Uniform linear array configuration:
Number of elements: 4
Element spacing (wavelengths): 0.25
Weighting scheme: binomial
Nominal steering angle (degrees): -30
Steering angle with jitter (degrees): -28.189
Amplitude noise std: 0.05
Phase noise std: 0.05

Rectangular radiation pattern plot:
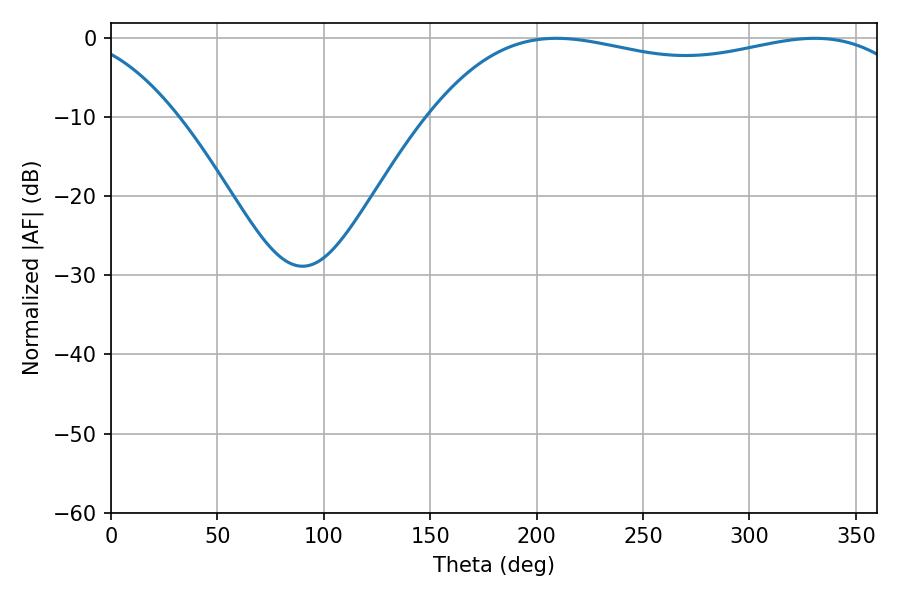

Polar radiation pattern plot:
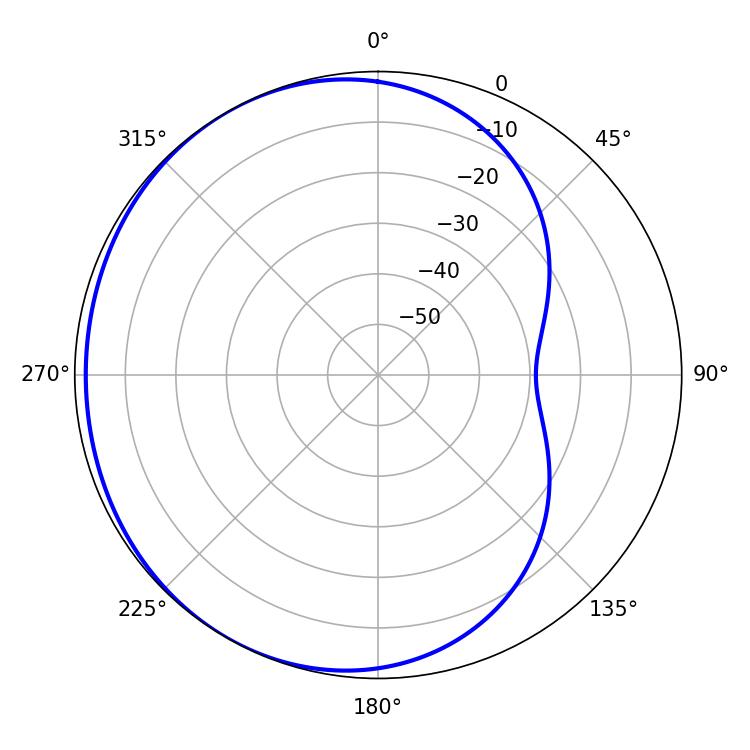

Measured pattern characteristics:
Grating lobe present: FALSE
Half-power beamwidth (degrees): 185.76
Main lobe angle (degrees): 209.34